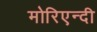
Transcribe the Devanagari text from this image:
मोरिएन्दी